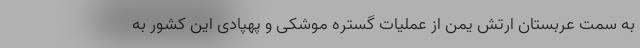
به سمت عربستان ارتش یمن از عملیات گستره موشکی و پهپادی این کشور به